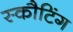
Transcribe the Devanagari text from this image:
स्कौटिंग